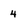
Character: 4